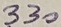
Text: 330